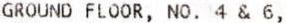
GROUND FLOOR, NO. 4 & 6,